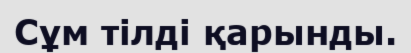
Сұм тілді қарынды.